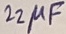
Text: 22µF